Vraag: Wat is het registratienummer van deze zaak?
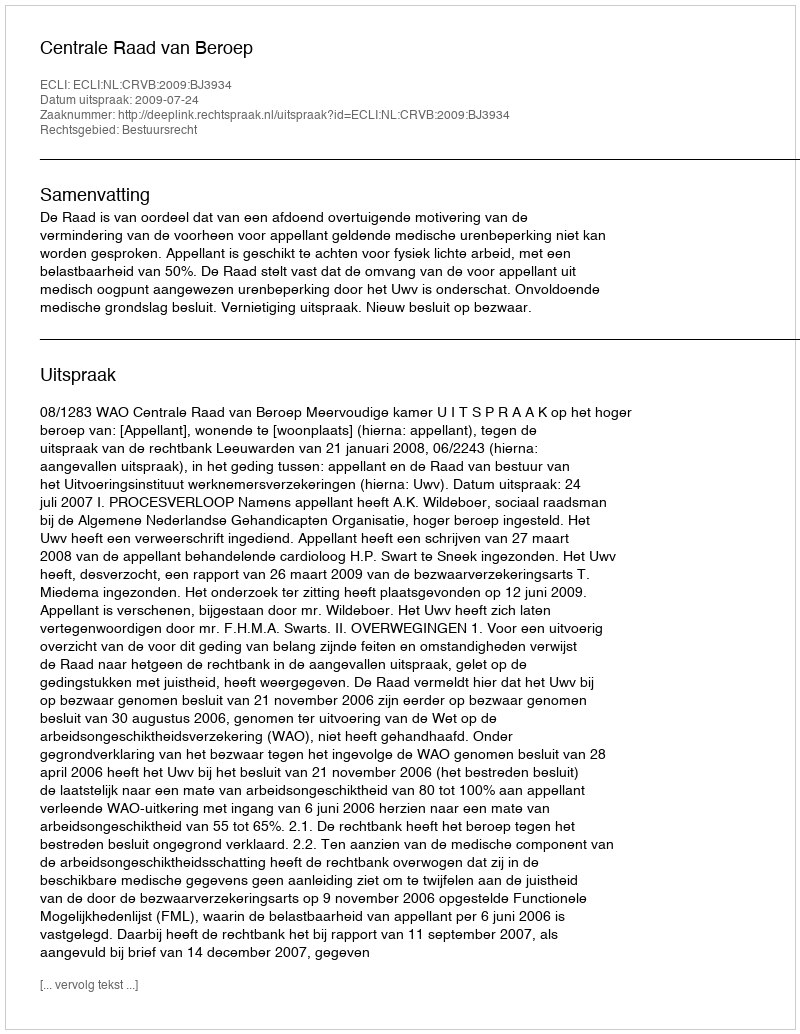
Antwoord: http://deeplink.rechtspraak.nl/uitspraak?id=ECLI:NL:CRVB:2009:BJ3934